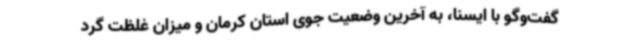
گفت‌وگو با ایسنا، به آخرین وضعیت جوی استان کرمان و میزان غلظت گرد